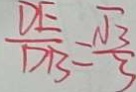
\frac { D E } { D B } = \frac { \sqrt { 3 } } { 3 }